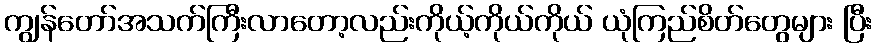
ကျွန်တော်အသက်ကြီးလာတော့လည်းကိုယ့်ကိုယ်ကိုယ် ယုံကြည်စိတ်တွေများ ပြီး